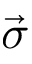
\vec { \sigma }